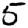
Digit: 5